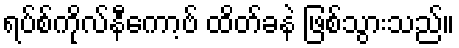
ရပ်စ်ကိုလ်နီကော့ဗ် ထိတ်ခနဲ ဖြစ်သွားသည်။